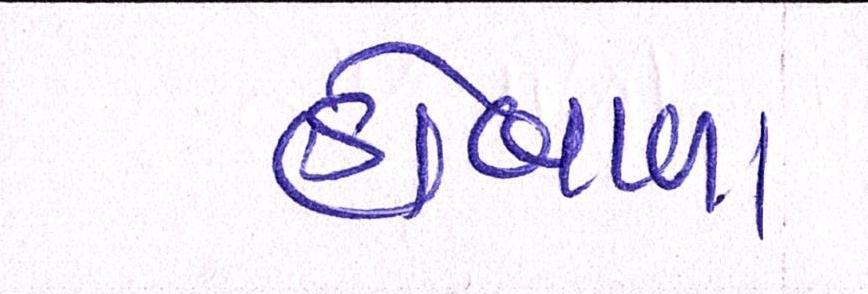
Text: હોબાળા